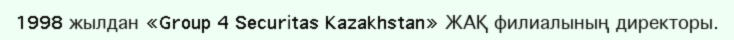
1998 жылдан «Group 4 Securіtas Kazakhstan» ЖАҚ филиалының директоры.